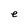
Character: e